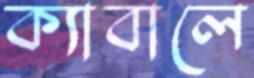
ক্যাবালে